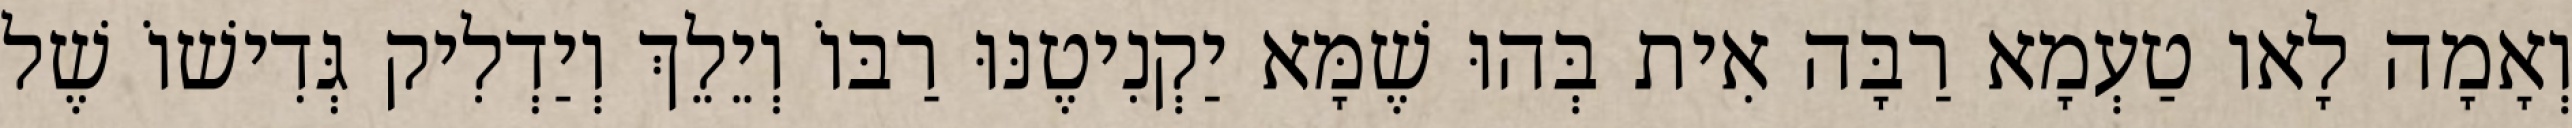
וְאָמָה לָאו טַעְמָא רַבָּה אִית בְּהוּ שֶׁמָּא יַקְנִיטֶנּוּ רַבּוֹ וְיֵלֵךְ וְיַדְלִיק גְּדִישׁוֹ שֶׁל